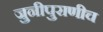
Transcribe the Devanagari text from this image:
जुनीपुराणीच